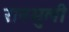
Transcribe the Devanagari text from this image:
रानभुली